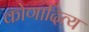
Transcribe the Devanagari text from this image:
कोणादित्य